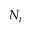
N _ { \imath }